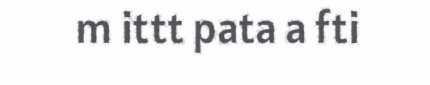
m ittt pata a fti